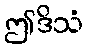
ဤဒိသံ